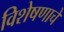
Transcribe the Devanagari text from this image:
विशेषणाचे